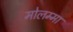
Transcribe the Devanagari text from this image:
मोलम्मा